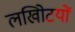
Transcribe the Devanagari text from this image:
लखोिटयों